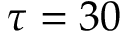
\tau = 3 0